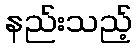
နည်းသည့်